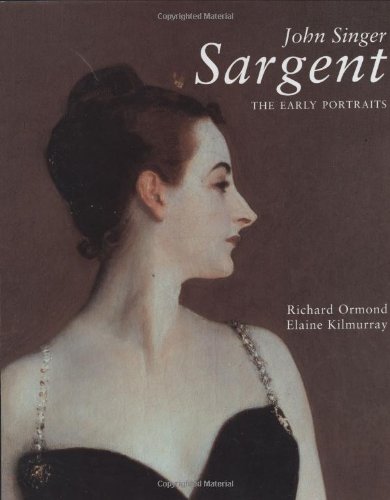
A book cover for John Singer Sargent, Complete Paintings, Volume 1: The Early Portraits (Vol 1); Richard Ormond; Arts & Photography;